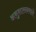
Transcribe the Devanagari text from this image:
अनुशासनवाले